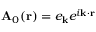
\mathbf { A } _ { 0 } ( \mathbf { r } ) = e _ { \mathbf { k } } e ^ { i \mathbf { k } \cdot \mathbf { r } }